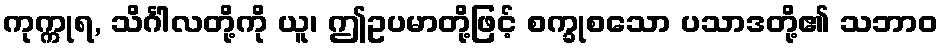
ကုက္ကုရ, သိင်္ဂါလတို့ကို ယူ၊ ဤဥပမာတို့ဖြင့် စက္ခုစသော ပသာဒတို့၏ သဘာဝ